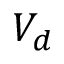
V _ { d }